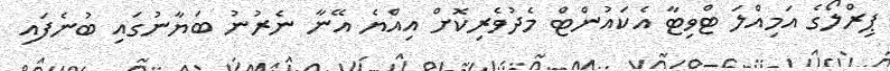
ޕިރްލޯގެ އަމިއްލަ ޓްވިޓާ އެކައުންޓް މެދުވެރިކޮށް އިއްޔެ އޭނާ ނެރުނު ބަޔާނުގައި ބުނެފައި